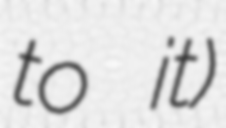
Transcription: to it)